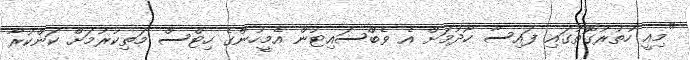
"މިއީ ހުތުރުގޮތުގައި ފައިސާ ހޯދުމަށް އެ ވެބްސައިޓުން އެމީހުންގެ ހިޓްސް މަތިކުރުމަށް ކަންކުރާ